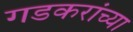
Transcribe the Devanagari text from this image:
गडकरांच्या